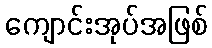
ကျောင်းအုပ်အဖြစ်